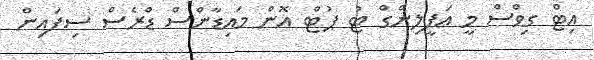
އިޓް ގިވްސް މީ އަފީލިންގް ޓު ޕުޓް އޮން މައިޑާންސް ޑްރެސް ސިފައިން